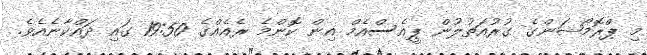
މި ޕްރޮމޯޝަންގެ ގުރުއަތުލުން ޕީއެސްއެމް އިން ކޮންމެ ރެއެެއްގެ 19:50 ގައި ދައްކާނެއެވެ.